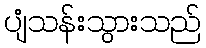
ပျံသန်းသွားသည်